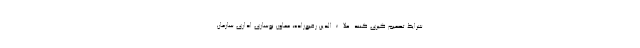
شرایط تصمیم گیری کنند. علاءالدین رفیع‌زاده، معاون نوسازی اداری سازمان